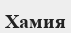
Хамия